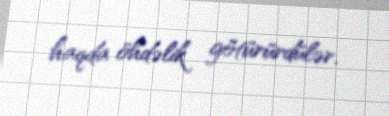
haqda öhdəlik götürürdülər.